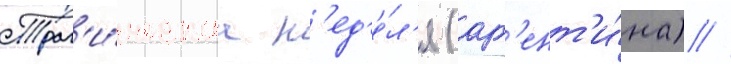
Траг'и́ческаа н'ед'е́л'я (арг'ент'и́на) //